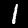
Digit: 1